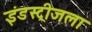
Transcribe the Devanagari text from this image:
इंडस्ट्रीजला